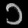
Digit: ၁